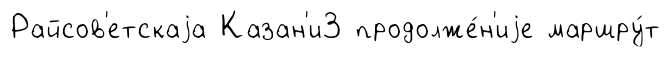
Райсов'етскаjа Казан'и3 продолже́н'иjе маршру́т